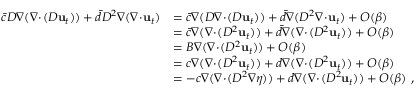
\begin{array} { r l } { \bar { c } D \nabla ( \nabla \! \cdot \! ( D \mathbf { u } _ { t } ) ) + \bar { d } D ^ { 2 } \nabla ( \nabla \! \cdot \! \mathbf { u } _ { t } ) } & { = \bar { c } \nabla ( D \nabla \! \cdot \! ( D \mathbf { u } _ { t } ) ) + \bar { d } \nabla ( D ^ { 2 } \nabla \! \cdot \! \mathbf { u } _ { t } ) + O ( \beta ) } \\ & { = \bar { c } \nabla ( \nabla \! \cdot \! ( D ^ { 2 } \mathbf { u } _ { t } ) ) + \bar { d } \nabla ( \nabla \! \cdot \! ( D ^ { 2 } \mathbf { u } _ { t } ) ) + O ( \beta ) } \\ & { = B \nabla ( \nabla \! \cdot \! ( D ^ { 2 } \mathbf { u } _ { t } ) ) + O ( \beta ) } \\ & { = c \nabla ( \nabla \! \cdot \! ( D ^ { 2 } \mathbf { u } _ { t } ) ) + d \nabla ( \nabla \! \cdot \! ( D ^ { 2 } \mathbf { u } _ { t } ) ) + O ( \beta ) } \\ & { = - c \nabla ( \nabla \! \cdot \! ( D ^ { 2 } \nabla \eta ) ) + d \nabla ( \nabla \! \cdot \! ( D ^ { 2 } \mathbf { u } _ { t } ) ) + O ( \beta ) \ , } \end{array}